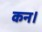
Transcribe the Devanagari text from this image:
कन।